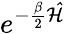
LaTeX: e^{-\frac{\beta}{2}\mathcal{\hat{H}}}